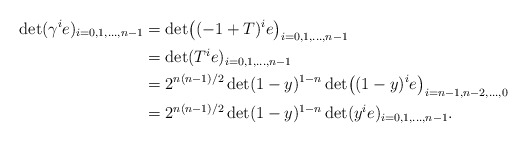
\begin{align*}\det(\gamma^i e)_{i=0,1,\dotsc,n-1} &= \det\bigl((-1+T)^i e\bigr)_{i=0,1,\dotsc,n-1}\\&= \det(T^i e)_{i=0,1,\dotsc,n-1}\\&= 2^{n(n-1)/2} \det(1-y)^{1-n} \det\bigl((1-y)^i e\bigr)_{i = n-1,n-2,\dotsc,0}\\&= 2^{n(n-1)/2}\det(1-y)^{1-n}\det(y^i e)_{i=0,1,\dotsc,n-1}.\end{align*}